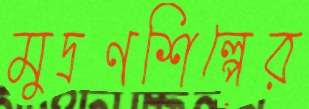
মুদ্রণশিল্পের